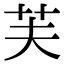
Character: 芙